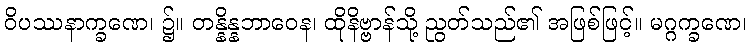
ဝိပဿနာက္ခဏေ၊ ၌။ တန္နိန္နဘာဝေန၊ ထိုနိဗ္ဗာန်သို့ ညွတ်သည်၏ အဖြစ်ဖြင့်။ မဂ္ဂက္ခဏေ၊